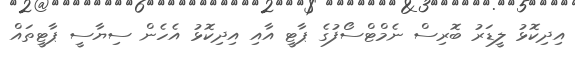
އިދިކޮޅު ލީޑަރު ބޮރިސް ނެމްޓްސޯފުގެ ޕާޓީ އާއި އިދިކޮޅު އެހެން ސިޔާސީ ޕާޓީތައް